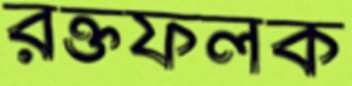
রক্তফলক